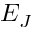
E _ { J }